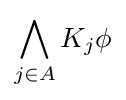
\bigwedge \limits _{j\in A}K_{j}\phi